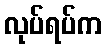
လုပ်ရပ်က